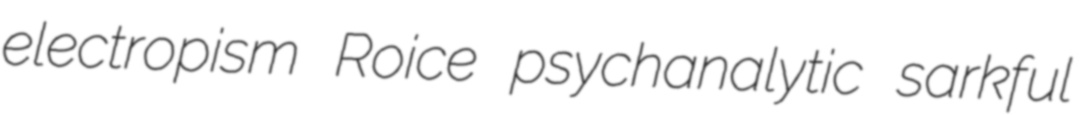
electropism Roice psychanalytic sarkful